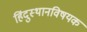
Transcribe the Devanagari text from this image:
हिंदुस्थानविषयक